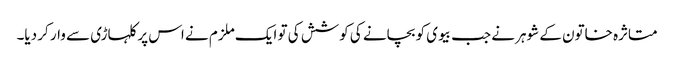
متاثرہ خاتون کے شوہر نے جب بیوی کو بچانے کی کوشش کی تو ایک ملزم نے اس پر کلہاڑی سے وار کر دیا۔